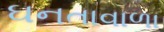
ઘનતાવાળા